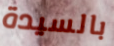
بالسيدة